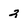
Character: 2